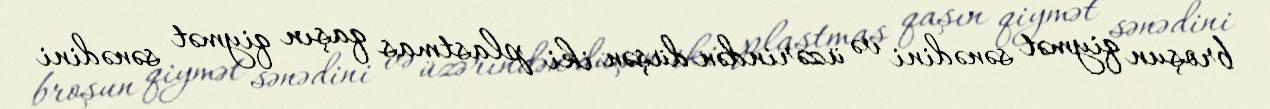
broşun qiymət sənədini və üzərindən düşən iki plastmas qaşın qiymət sənədini